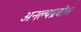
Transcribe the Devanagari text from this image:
अनल्पप्रबोध